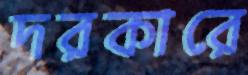
দরকারে